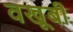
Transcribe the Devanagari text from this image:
वखूबी